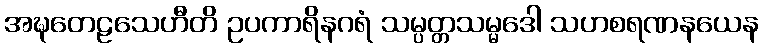
အဍ္ဎတေဠသေဟီတိ ဥပကာရိနဂရံ သမ္ပတ္တသမ္မဒေါ သဟစရဏနယေန